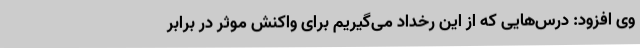
وی افزود: درس‌هایی که از این رخداد می‌گیریم برای واکنش موثر در برابر